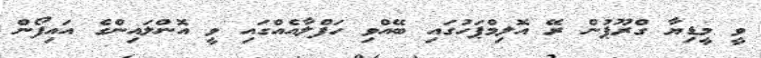
ވީ މީޑިޔާ ގްރޫޕުން ރޭ އޮލިމްޕަހުގައި ބޭއްވި ހަފްލާއެއްގައި ވީ އޮންލައިންގެ އައިފޯން